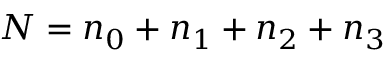
N = n _ { 0 } + n _ { 1 } + n _ { 2 } + n _ { 3 }